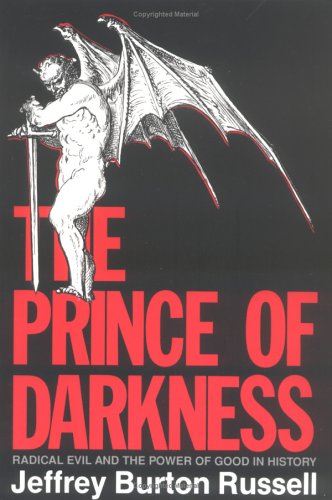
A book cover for The Prince of Darkness: Radical Evil and the Power of Good in History; Jeffrey Burton Russell; Politics & Social Sciences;